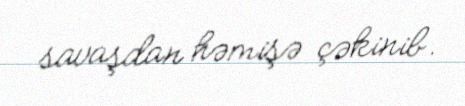
savaşdan həmişə çəkinib.